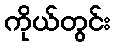
ကိုယ်တွင်း